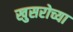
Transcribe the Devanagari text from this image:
खुसरोच्या